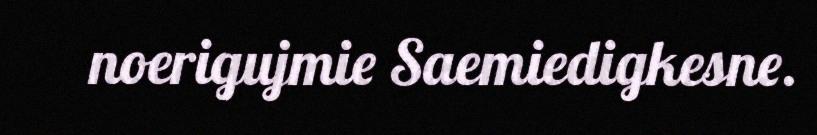
noerigujmie Saemiedigkesne.